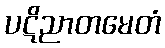
ပဋိညာတမေတံ